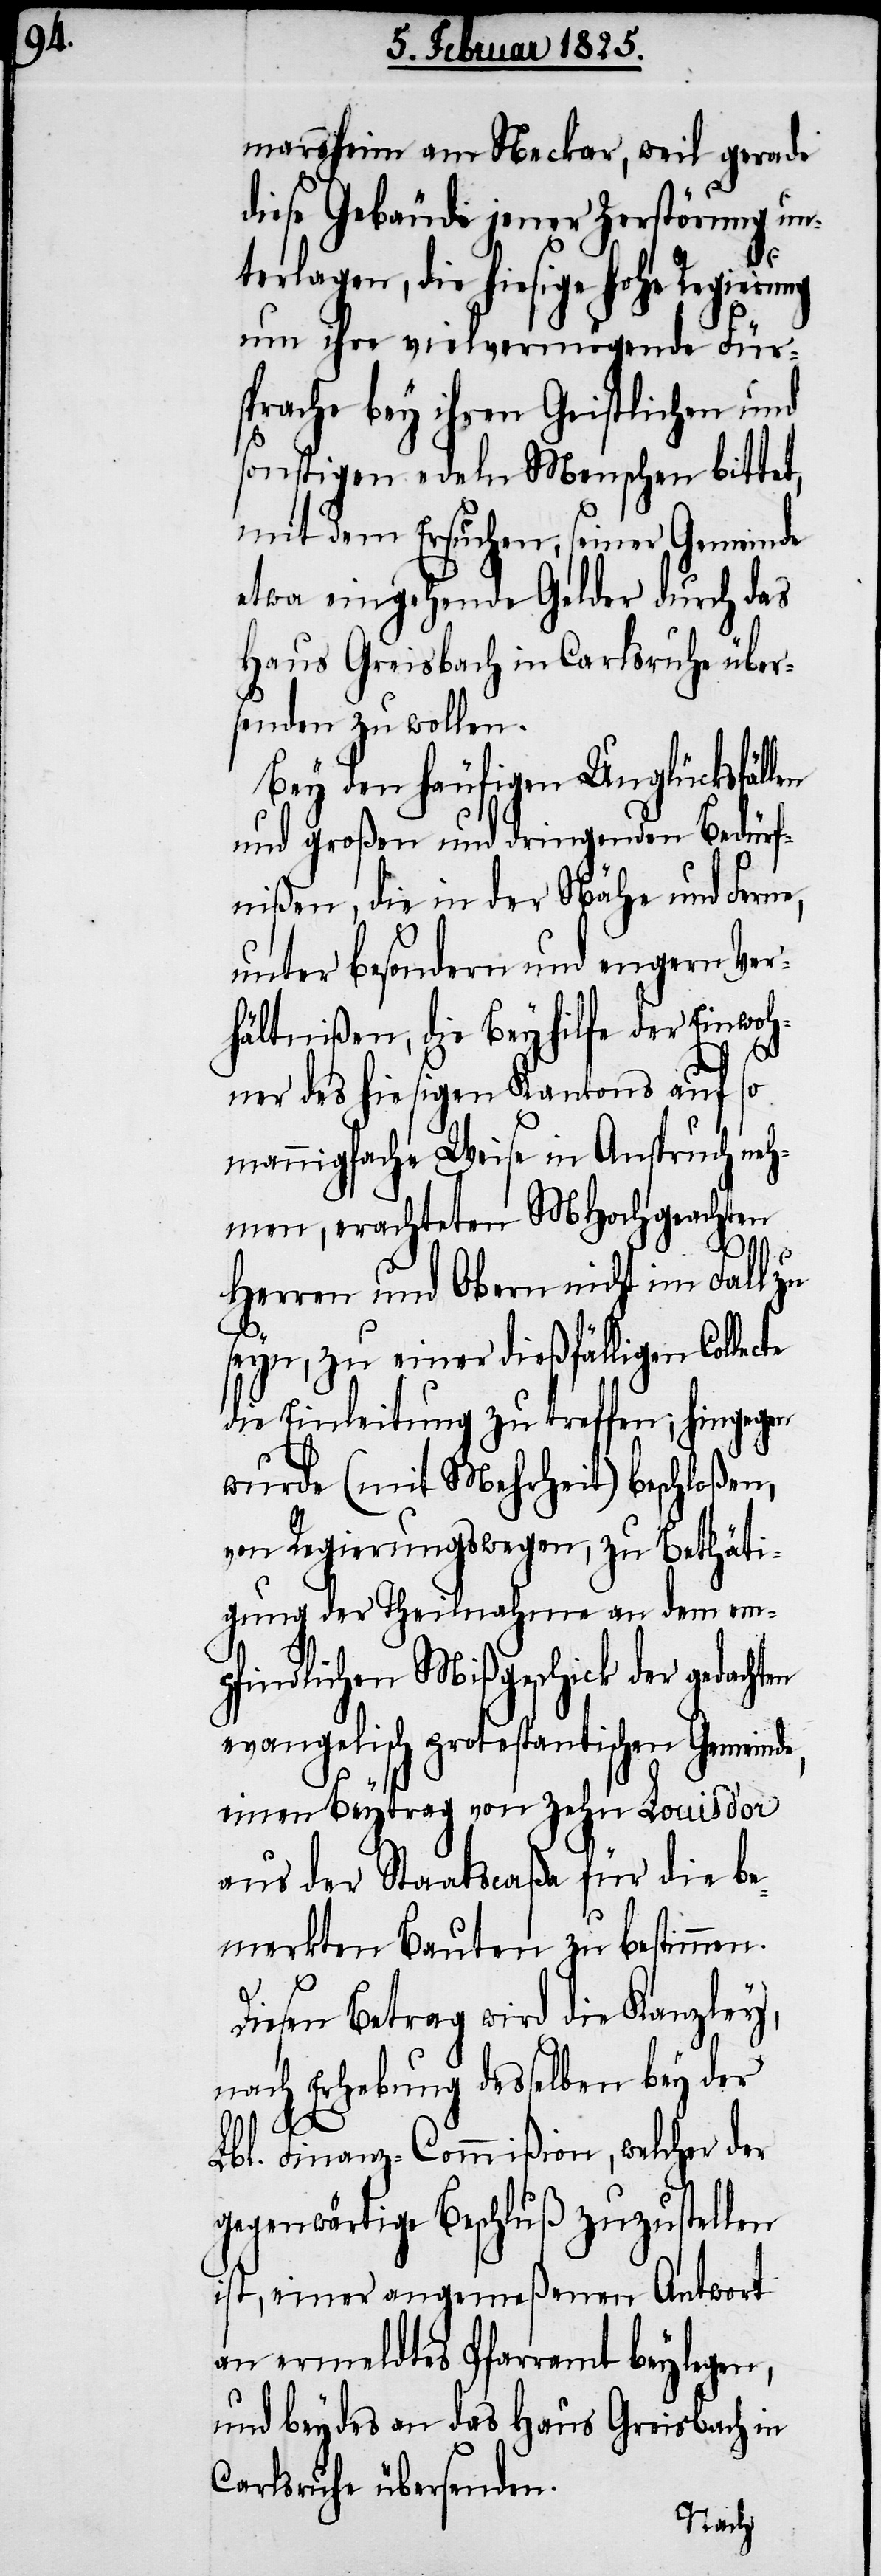
marsheim am Neckar, weil gerade
diese Gebäude jener Zerstörung un¬
terlagen, die hiesige hohe Regierung
um ihre vielvermögende Für¬
sprache bey ihren Geistlichen und
sonstigen edeln Menschen bittet,
mit dem Ersuchen, seiner Gemeinde
etwa eingehende Gelder durch das
Haus Greisbach in Carlsruhe über¬
senden zu wollen.
Bey den häufigen Unglücksfällen
und großen und dringenden Bedürf¬
nißen, die in der Nähe und Ferne,
unter besondern und engern Ver¬
hältnißen, die Beyhilfe der Einwoh¬
ner des hiesigen Kantons auf so
mannigfache Weise in Anspruch neh¬
men, erachteten MHochgeachten
Herrn und Obern nicht im Fall zu
seyn, zu einer dießfälligen Collecte
die Einleitung zu treffen; hingegen
wurde (mit Mehrheit) beschloßen,
von Regierungswegen, zu Bethäti¬
gung der Theilnahme an dem em¬
pfindlichen Mißgeschick der gedachten
evangelisch protestantischen Gemeinde,
einen Beytrag von zehn Louis d‘or
aus der Staatscaßa für die be¬
merkten Bauten zu bestimmen.
Diesen Betrag wird die Kanzley,
nach Erhebung desselben bey der
Lbl. Finanz-Commißion, welcher der
gegenwärtige Beschluß zuzustellen
ist, einer angemeßenen Antwort
an ermeldtes Pfarramt beylegen,
und beydes an das Haus Greisbach in
Carlsruhe übersenden.